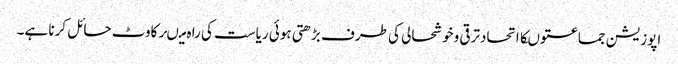
اپوزیشن جماعتوںکااتحادترقی وخوشحالی کی طرف بڑھتی ہوئی ریاست کی را ہ میںرکاوٹ حائل کرنا ہے۔